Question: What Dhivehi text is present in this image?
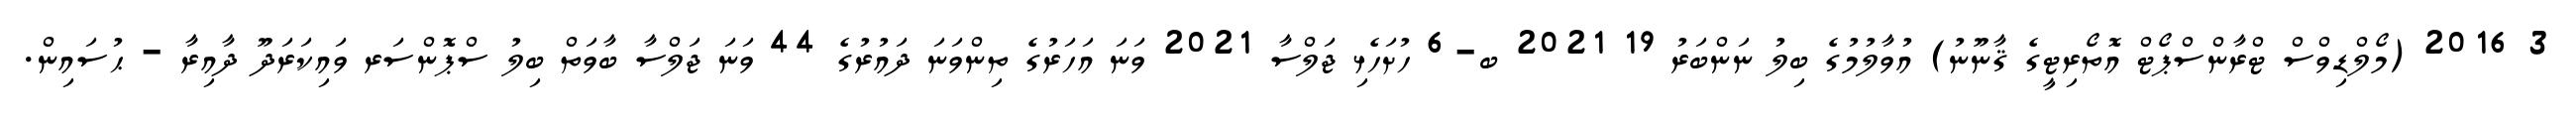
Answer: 3 2016 (މޯލްޑިވްސް ޓްރާންސްޕޯޓް އޮތޯރިޓީގެ ޤާނޫނު) އުވާލުމުގެ ބިލު ނަންބަރު 19 2021 ބ-6 ހުށަހެޅި ޖަލްސާ 2021 ވަނަ އަހަރުގެ ތިންވަނަ ދައުރުގެ 44 ވަނަ ޖަލްސާ ބާވަތް ބިލު ސްޕޮންސަރ ވައިކަރަދޫ ދާއިރާ - ޙުސައިން.